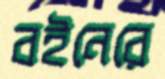
বইনেরে